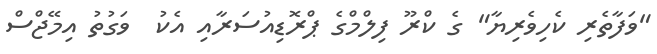
"ވަފާތެރި ކެހިވެރިޔާ" ގެ ކްރޫ ފިލްމްގެ ޕްރޮޑިއުސަރާއި އެކު  ވަގުތު އިމޭޖްސް